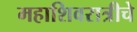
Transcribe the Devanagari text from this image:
महाशिवरात्रीचे